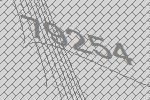
79254